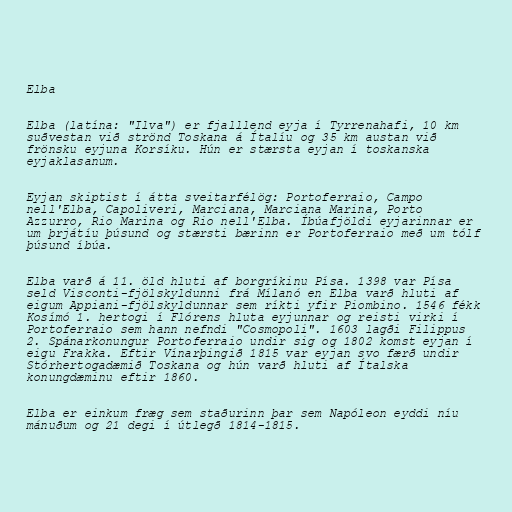
Elba

Elba (latína: "Ilva") er fjalllend eyja í Tyrrenahafi, 10 km
suðvestan við strönd Toskana á Ítalíu og 35 km austan við
frönsku eyjuna Korsíku. Hún er stærsta eyjan í toskanska
eyjaklasanum.

Eyjan skiptist í átta sveitarfélög: Portoferraio, Campo
nell'Elba, Capoliveri, Marciana, Marciana Marina, Porto
Azzurro, Rio Marina og Rio nell'Elba. Íbúafjöldi eyjarinnar er
um þrjátíu þúsund og stærsti bærinn er Portoferraio með um tólf
þúsund íbúa.

Elba varð á 11. öld hluti af borgríkinu Písa. 1398 var Písa
seld Visconti-fjölskyldunni frá Mílanó en Elba varð hluti af
eigum Appiani-fjölskyldunnar sem ríkti yfir Piombino. 1546 fékk
Kosímó 1. hertogi í Flórens hluta eyjunnar og reisti virki í
Portoferraio sem hann nefndi "Cosmopoli". 1603 lagði Filippus
2. Spánarkonungur Portoferraio undir sig og 1802 komst eyjan í
eigu Frakka. Eftir Vínarþingið 1815 var eyjan svo færð undir
Stórhertogadæmið Toskana og hún varð hluti af Ítalska
konungdæminu eftir 1860.

Elba er einkum fræg sem staðurinn þar sem Napóleon eyddi níu
mánuðum og 21 degi í útlegð 1814-1815.